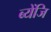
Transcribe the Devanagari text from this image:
ब्येंजि